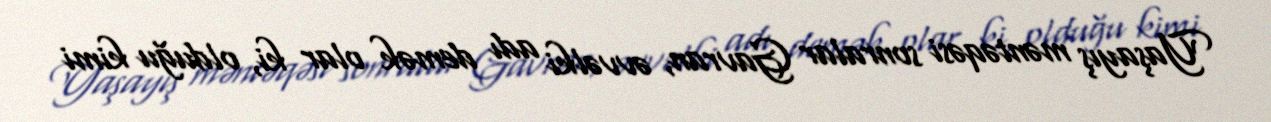
Yaşayış məntəqəsi sonralar Gavran, əvvəlki adı demək olar ki, olduğu kimi